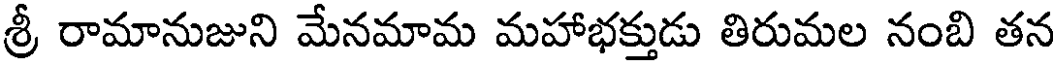
శ్రీ రామానుజుని మేనమామ మహాభక్తుడు తిరుమల నంబి తన